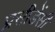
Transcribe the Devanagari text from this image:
प्रसीडेंसी